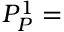
P _ { P } ^ { 1 } =